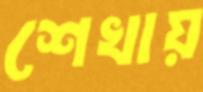
শেখায়